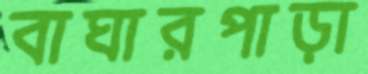
বাঘারপাড়া